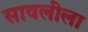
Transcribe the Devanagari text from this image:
सावलीला